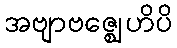
အဗျာဗဇ္ဈေဟိပိ